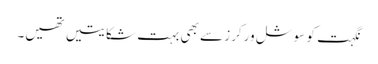
نگہت کو سوشل ورکرز سے بھی بہت شکایتیں تھیں۔